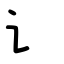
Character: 讠